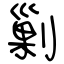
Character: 剿